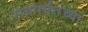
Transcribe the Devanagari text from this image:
रायपर्यंतच्या